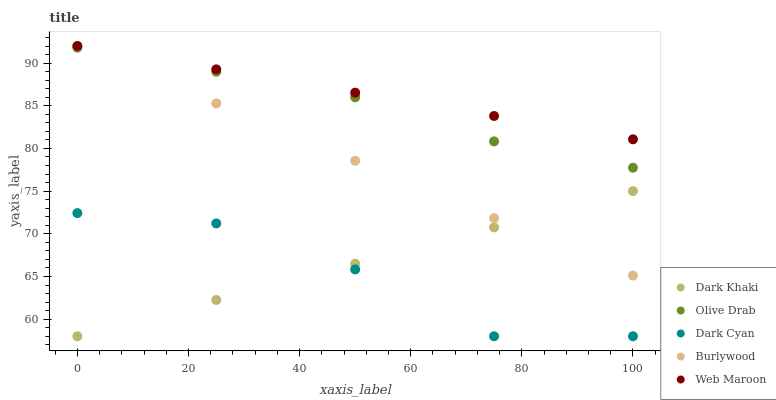
| xaxis_label | Dark Khaki | Olive Drab | Dark Cyan | Burlywood | Web Maroon |
 | --- | --- | --- | --- | --- | --- |
 | 0 | 58 | 91.8 | 72.4 | 92 | 92 |
 | 25 | 62.3 | 89 | 71.2 | 85.3 | 89.3 |
 | 50 | 66.5 | 86 | 65.8 | 78.6 | 86.5 |
 | 75 | 70.8 | 80.8 | 58 | 71.8 | 83.8 |
 | 100 | 75 | 77.7 | 58 | 65.1 | 81.1 |